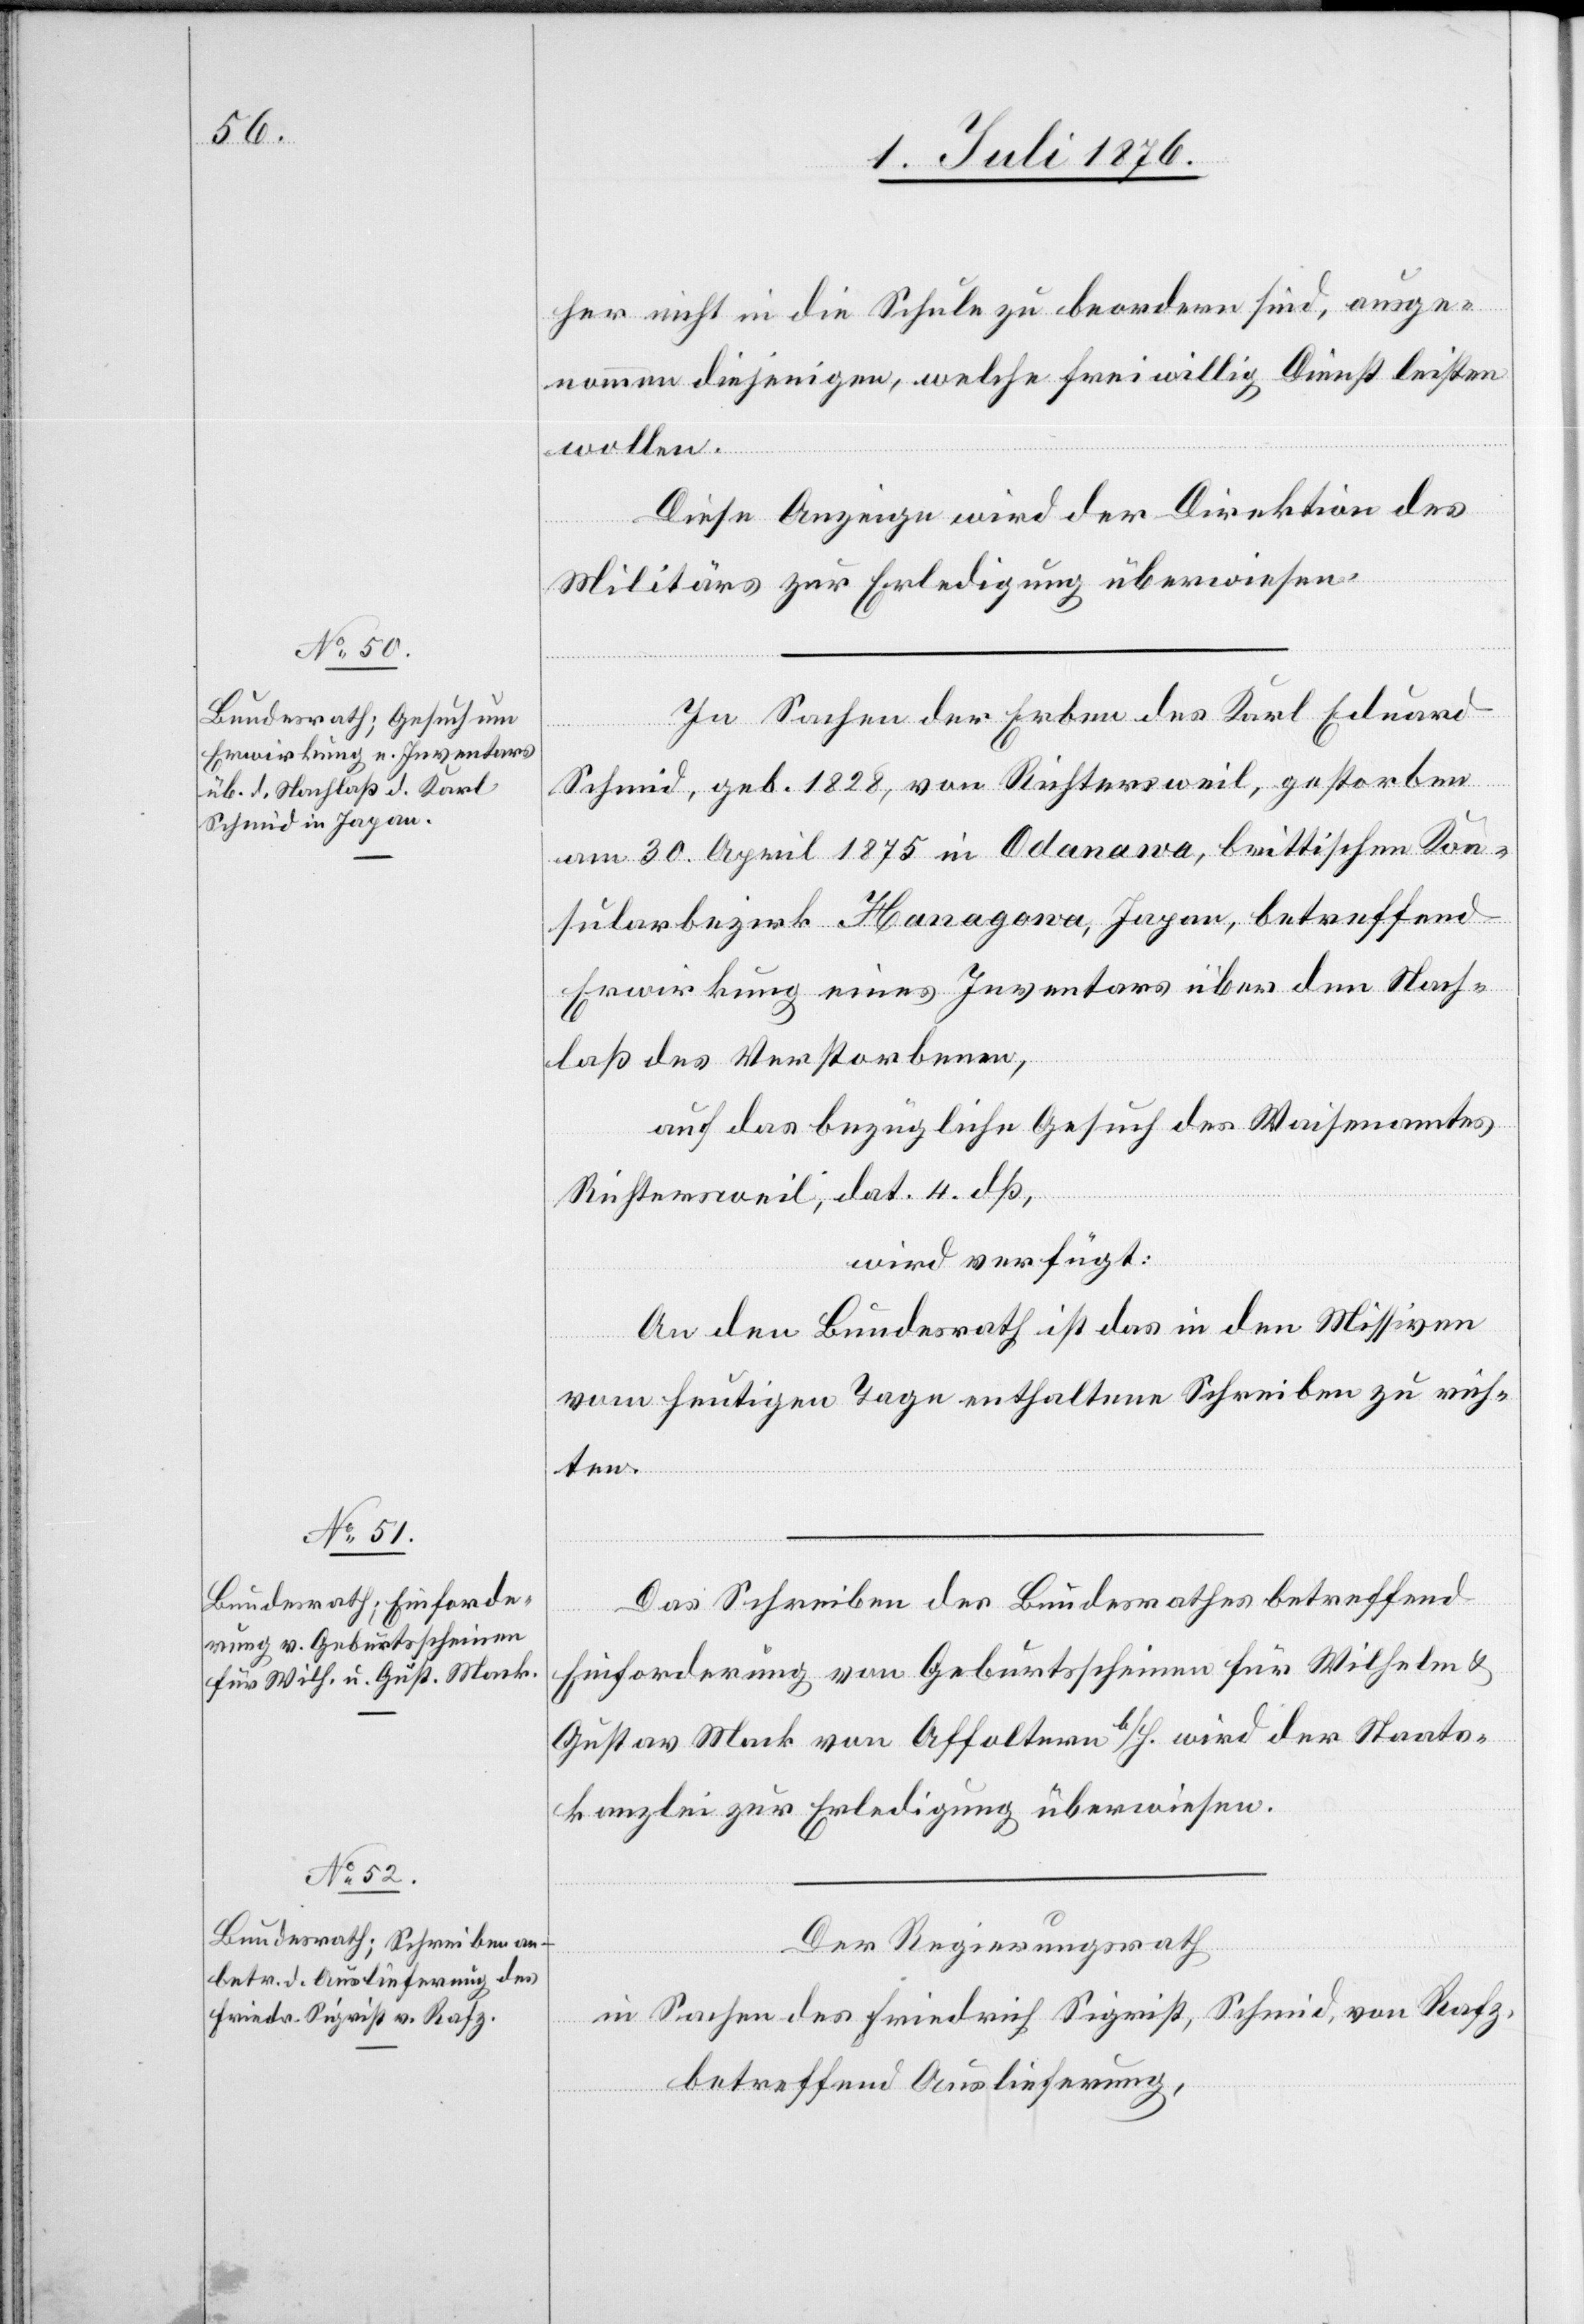
5. Juli 1876]
her nicht in die Schule zu beordern sind, ausge¬
nommen diejenigen, welche freiwillig Dienst leisten
wollen.
Diese Anzeige wird der Direktion des
Militärs zur Erledigung überwiesen.
In Sachen der Erben des Karl Eduard
Schmid, geb. 1828, von Richtersweil, gestorben
am 30. April 1875 in Odanawa, brittischen Kon¬
sularbezirk Hanagawa, Japan, betreffend
Erwirkung eines Inventars über den Nach¬
laß des Verstorbenen,
auf das bezügliche Gesuch des Waisenamtes
Richtersweil, dat. 4. dß,
wird verfügt:
An den Bundesrath ist das in den Missiven
vom heutigen Tage enthaltene Schreiben zu rich¬
ten.
Das Schreiben des Bundesrathes betreffend
Einforderung von Geburtsscheinen für Wilhelm &
Gustav Mark von Affoltern b/A. wird der Staats¬
kanzlei zur Erledigung überwiesen.
Der Regierungsrath,
in Sachen des Friedrich Siegrist, Schmid, von Rafz,
betreffend Auslieferung,